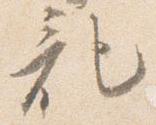
記